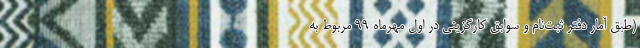
(طبق آمار دفتر ثبت‌نام و سوابق کارگزینی در اول مهرماه ۹۹ مربوط به